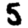
Digit: 5